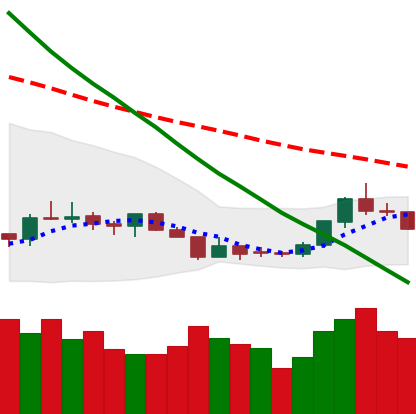
Ticker: LTC-USD
Chart end date: 2018-07-20
Forward return: 4.262%
Label: up_3_5